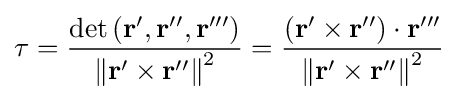
\tau ={\frac {\det \left({\mathbf {r} ',\mathbf {r} '',\mathbf {r} '''}\right)}{\left\|{\mathbf {r} '\times \mathbf {r} ''}\right\|^{2}}}={\frac {\left({\mathbf {r} '\times \mathbf {r} ''}\right)\cdot \mathbf {r} '''}{\left\|{\mathbf {r} '\times \mathbf {r} ''}\right\|^{2}}}